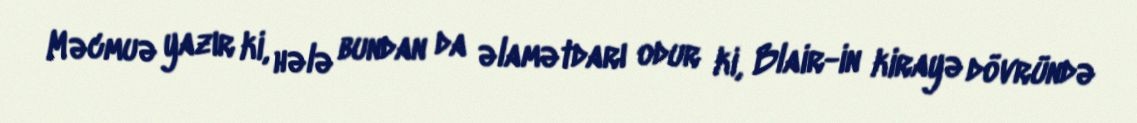
Məcmuə yazır ki, hələ bundan da əlamətdarı odur ki, Blair-in kirayə dövründə